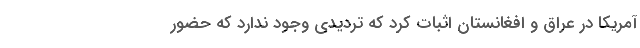
آمریکا در عراق و افغانستان اثبات کرد که تردیدی وجود ندارد که حضور